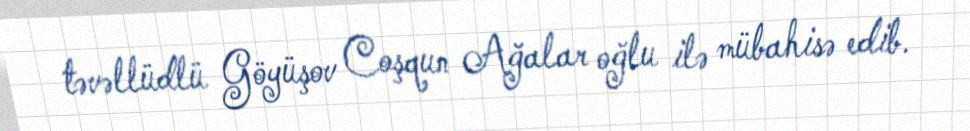
təvəllüdlü Göyüşov Coşqun Ağalar oğlu ilə mübahisə edib.